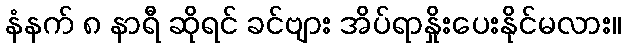
နံနက် ၈ နာရီ ဆိုရင် ခင်ဗျား အိပ်ရာနှိုးပေးနိုင်မလား။